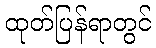
ထုတ်ပြန်ရာတွင်